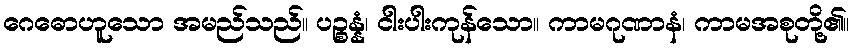
ဂေဓောဟူသော အမည်သည်။ ပဉ္စန္နံ၊ ငါးပါးကုန်သော။ ကာမဂုဏာနံ၊ ကာမအစုတို့၏။